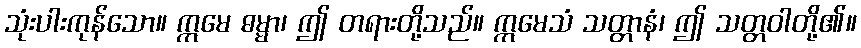
သုံးပါးကုန်သော။ ဣမေ ဓမ္မာ၊ ဤ တရားတို့သည်။ ဣမေသံ သတ္တာနံ၊ ဤ သတ္တဝါတို့၏။